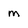
Character: m